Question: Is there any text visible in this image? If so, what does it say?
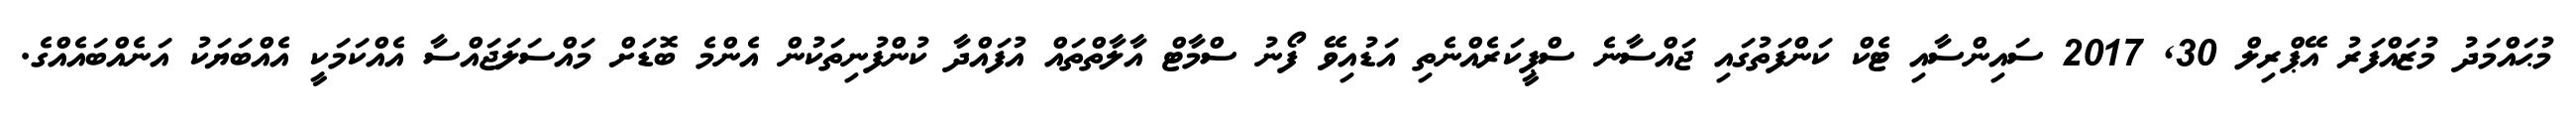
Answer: މުޙައްމަދު މުޒައްފަރު އޭޕްރިލް 30, 2017 ސައިންސާއި ޓެކް ކަންފަތުގައި ޖައްސާނެ ސްޕީކަރެއްނެތި އަޑުއިވޭ ފޯނު ސްމާޓް އާލާތްތައް އުފައްދާ ކުންފުނިތަކުން އެންމެ ބޮޑަށް މައްސަލަޖައްސާ އެއްކަމަކީ އެއްބަޔަކު އަނެއްބައެއްގެ.